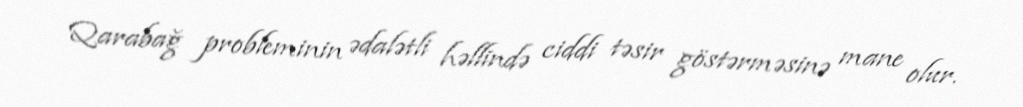
Qarabağ probleminin ədalətli həllində ciddi təsir göstərməsinə mane olur.